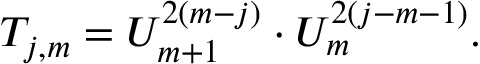
T _ { j , m } = U _ { m + 1 } ^ { 2 ( m - j ) } \cdot U _ { m } ^ { 2 ( j - m - 1 ) } .